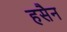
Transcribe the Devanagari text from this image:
हसैन